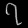
Digit: ၇